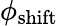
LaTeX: \phi_{\mathrm{shift}}